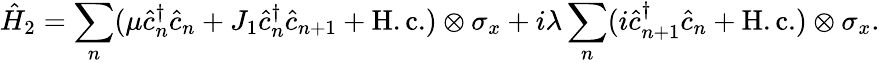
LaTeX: \hat{H}_{2}=\sum_{n}(\mu\hat{c}_{n}^{\dagger}\hat{c}_{n}+J_{1}\hat{c}_{n}^{\dagger}\hat{c}_{n+1}+\mathrm{H.c.})\otimes\sigma_{x}+i\lambda\sum_{n}(i\hat{c}_{n+1}^{\dagger}\hat{c}_{n}+\mathrm{H.c.})\otimes\sigma_{x}.